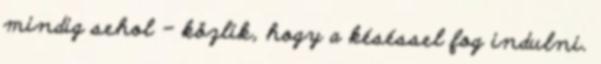
mindig sehol - közlik, hogy a késéssel fog indulni.